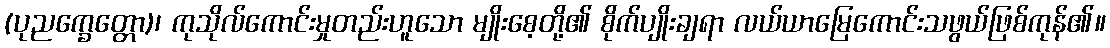
(ပုညက္ခေတ္တော)၊ ကုသိုလ်ကောင်းမှုတည်းဟူသော မျိုးစေ့တို့၏ စိုက်ပျိုးချရာ လယ်ယာမြေကောင်းသဖွယ်ဖြစ်ကုန်၏။